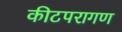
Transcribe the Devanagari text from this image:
कीटपरागण